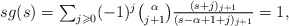
\begin{align*}\textstyle sg(s) & \textstyle = \sum_{j \geqslant 0}(-1)^j {\alpha \choose j+1} \frac{ (s+j)_{j+1}}{(s-\alpha+1+j)_{j+1}} = 1,\end{align*}